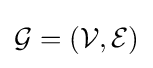
{\mathcal {G}}=({\mathcal {V}},{\mathcal {E}})